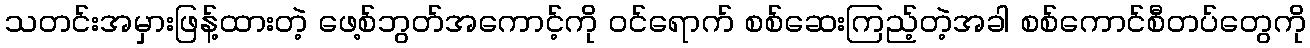
သတင်းအမှားဖြန့်ထားတဲ့ ဖေ့စ်ဘွတ်အကောင့်ကို ဝင်ရောက် စစ်ဆေးကြည့်တဲ့အခါ စစ်ကောင်စီတပ်တွေကို